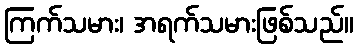
ကြက်သမား၊ အရက်သမားဖြစ်သည်။